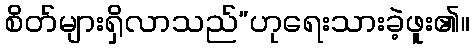
စိတ်များရှိလာသည်”ဟုရေးသားခဲ့ဖူး၏။